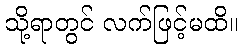
သို့ရာတွင် လက်ဖြင့်မထိ။